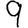
Digit: 9